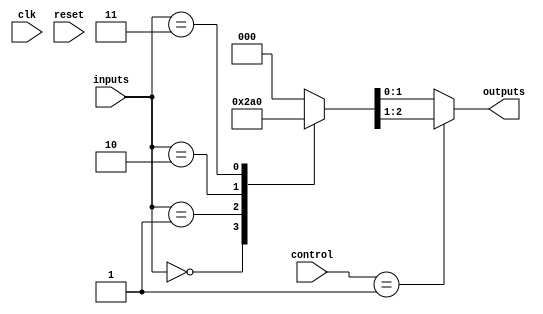
module CLB (
    input wire [N-1:0] inputs,         // N input pins
    input wire [M-1:0] control,        // Control signals for multiplexing
    output wire [P-1:0] outputs,       // P output pins
    input wire clk,                    // Clock signal (if feedback is used)
    input wire reset                   // Reset signal
);

// Parameter Definitions
parameter N = 4;                     // Number of inputs
parameter M = 2;                     // Number of control signals
parameter P = 2;                     // Number of outputs
parameter LUT_SIZE = 1 << N;        // Size of the LUT (2^N)

// LUT Declaration
reg [LUT_SIZE-1:0] lut;              // LUT to store truth table values
reg [P-1:0] mux_out;                 // Mux output

// Output Logic
always @(*) begin
    // LUT logic: generate outputs based on inputs
    case (inputs)
        4'b0000: lut = 4'b0001; // Example truth table entry
        4'b0001: lut = 4'b0010;
        4'b0010: lut = 4'b0100;
        4'b0011: lut = 4'b1000;
        // Add more cases as needed for the truth table
        default: lut = 4'b0000; // Default case
    endcase
end

// Mux Logic
always @(*) begin
    case (control)
        2'b00: mux_out = lut[0+:P]; // Select first output from LUT
        2'b01: mux_out = lut[1+:P]; // Select second output from LUT
        // Add more cases for additional control signals
        default: mux_out = lut[0+:P]; // Default case
    endcase
end

// Output Assignment
assign outputs = mux_out;

// Feedback Logic (if needed)
reg [N-1:0] feedback_reg;

always @(posedge clk or posedge reset) begin
    if (reset) begin
        feedback_reg <= 0; // Reset feedback register
    end else begin
        feedback_reg <= outputs; // Feedback from outputs
    end
end

endmodule